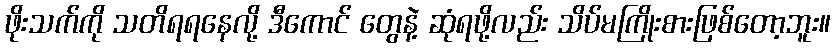
ဖိုးသက်ကို သတိရရနေလို့ ဒီကောင် တွေနဲ့ ဆုံရဖို့လည်း သိပ်မကြိုးစားဖြစ်တော့ဘူး။